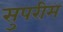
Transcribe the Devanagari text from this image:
सुपरीम